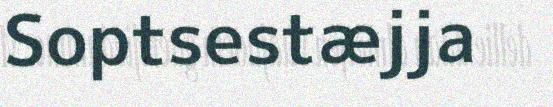
Soptsestæjja